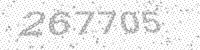
Solution: 267705